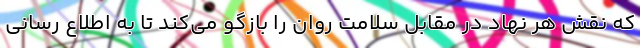
که نقش هر نهاد در مقابل سلامت روان را بازگو می‌کند تا به اطلاع رسانی